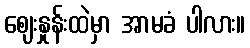
ဈေးနှုန်းထဲမှာ အာမခံ ပါလား။